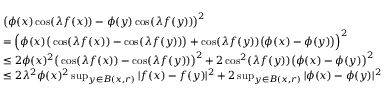
\begin{array} { r l } & { \big ( \phi ( x ) \cos ( \lambda f ( x ) ) - \phi ( y ) \cos ( \lambda f ( y ) ) \big ) ^ { 2 } } \\ & { = \Big ( \phi ( x ) \big ( \cos ( \lambda f ( x ) ) - \cos ( \lambda f ( y ) ) \big ) + \cos ( \lambda f ( y ) ) \big ( \phi ( x ) - \phi ( y ) \big ) \Big ) ^ { 2 } } \\ & { \leq 2 \phi ( x ) ^ { 2 } \big ( \cos ( \lambda f ( x ) ) - \cos ( \lambda f ( y ) ) \big ) ^ { 2 } + 2 \cos ^ { 2 } ( \lambda f ( y ) ) \big ( \phi ( x ) - \phi ( y ) \big ) ^ { 2 } } \\ & { \leq 2 \lambda ^ { 2 } \phi ( x ) ^ { 2 } \operatorname* { s u p } _ { y \in B ( x , r ) } | f ( x ) - f ( y ) | ^ { 2 } + 2 \operatorname* { s u p } _ { y \in B ( x , r ) } | \phi ( x ) - \phi ( y ) | ^ { 2 } } \end{array}